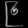
Digit: ၉